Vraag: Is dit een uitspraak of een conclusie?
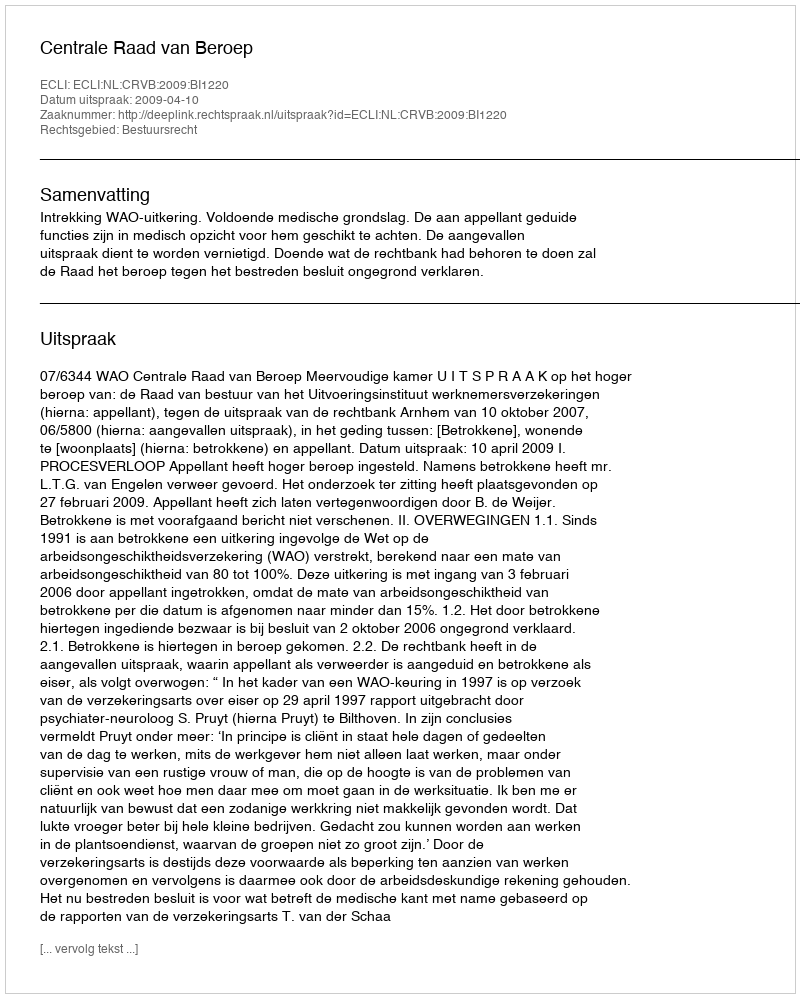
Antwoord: Uitspraak